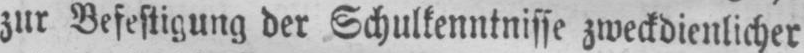
zur Befestigung der Schulkenntnisse zweckdienlicher